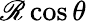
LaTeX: \mathscr{R}\cos\theta